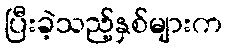
ပြီးခဲ့သည့်နှစ်များက